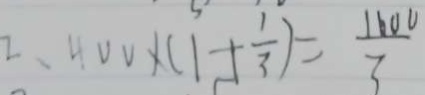
2 、 4 0 0 \times ( 1 + \frac { 1 } { 3 } ) = \frac { 1 6 0 0 } { 3 }